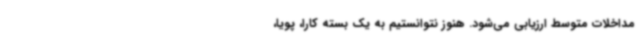
مداخلات متوسط ارزیابی می‌شود. هنوز نتوانستیم به یک بسته کارا، پویا،